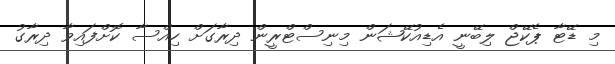
މި ޑޭޓާ ޕެކޭޖް ލިބޭނީ އެޑިއުކޭޝަން މިނިސްޓްރީން ދިރާގަށް ހިއްސާ ކޮށްފައިވާ ދިރާގު